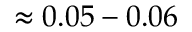
\approx 0 . 0 5 - 0 . 0 6